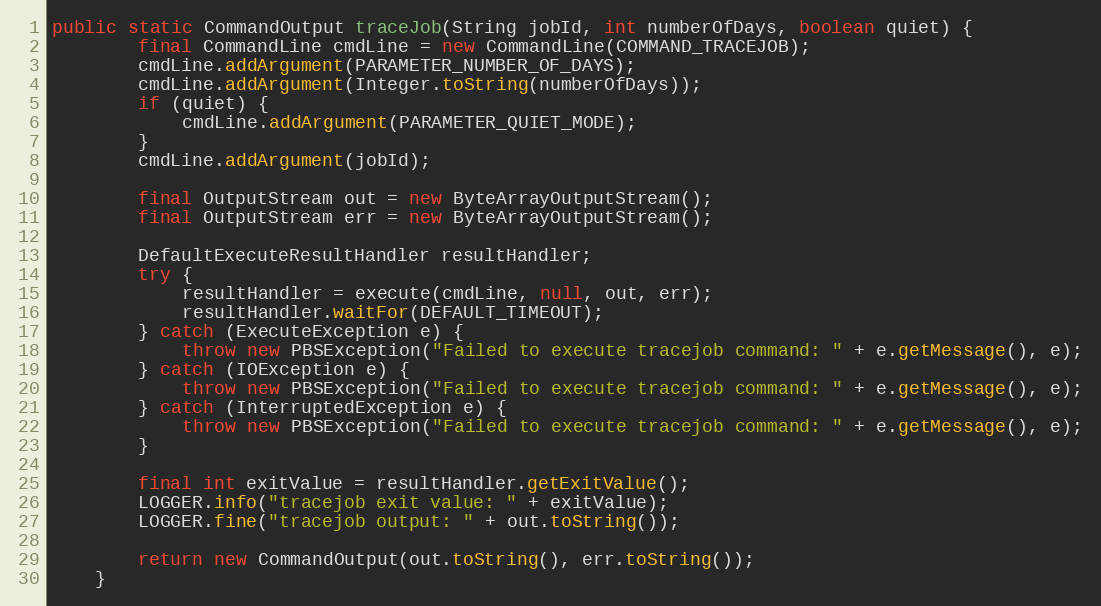
Language: Java
public static CommandOutput traceJob(String jobId, int numberOfDays, boolean quiet) {
        final CommandLine cmdLine = new CommandLine(COMMAND_TRACEJOB);
        cmdLine.addArgument(PARAMETER_NUMBER_OF_DAYS);
        cmdLine.addArgument(Integer.toString(numberOfDays));
        if (quiet) {
            cmdLine.addArgument(PARAMETER_QUIET_MODE);
        }
        cmdLine.addArgument(jobId);

        final OutputStream out = new ByteArrayOutputStream();
        final OutputStream err = new ByteArrayOutputStream();

        DefaultExecuteResultHandler resultHandler;
        try {
            resultHandler = execute(cmdLine, null, out, err);
            resultHandler.waitFor(DEFAULT_TIMEOUT);
        } catch (ExecuteException e) {
            throw new PBSException("Failed to execute tracejob command: " + e.getMessage(), e);
        } catch (IOException e) {
            throw new PBSException("Failed to execute tracejob command: " + e.getMessage(), e);
        } catch (InterruptedException e) {
            throw new PBSException("Failed to execute tracejob command: " + e.getMessage(), e);
        }

        final int exitValue = resultHandler.getExitValue();
        LOGGER.info("tracejob exit value: " + exitValue);
        LOGGER.fine("tracejob output: " + out.toString());

        return new CommandOutput(out.toString(), err.toString());
    }